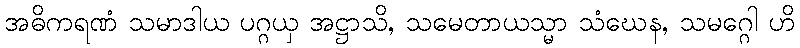
အဓိကရဏံ သမာဒါယ ပဂ္ဂယှ အဋ္ဌာသိ, သမေတာယသ္မာ သံဃေန, သမဂ္ဂေါ ဟိ